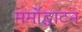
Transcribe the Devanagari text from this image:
मर्मोद्घाटन